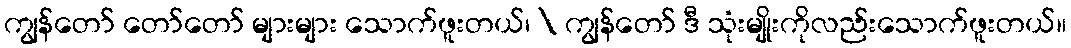
ကျွန်တော် တော်တော် များများ သောက်ဖူးတယ်၊ \ ကျွန်တော် ဒီ သုံးမျိုးကိုလည်းသောက်ဖူးတယ်။